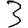
Digit: 3